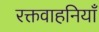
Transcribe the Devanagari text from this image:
रक्तवाहनियाँ